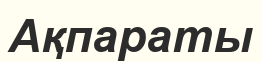
Ақпараты